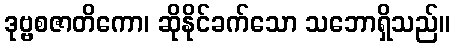
ဒုဗ္ဗစဇာတိကော၊ ဆိုနိုင်ခက်သော သဘောရှိသည်။